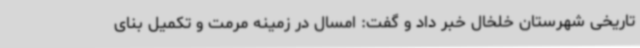
تاریخی شهرستان خلخال خبر داد و گفت: امسال در زمینه مرمت و تکمیل بنای